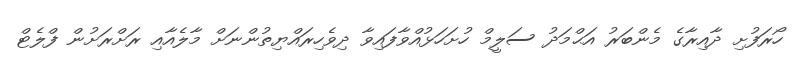
ހޯރަފުށި ދާއިރާގެ މެންބަރު އަޙްމަދު ސަލީމް ހުށަހަޅުއްވާފައިވާ ދިވެހިރައްޔިތުންނަށް މާލެއާއި ރަށްރަށުން ފްލެޓް